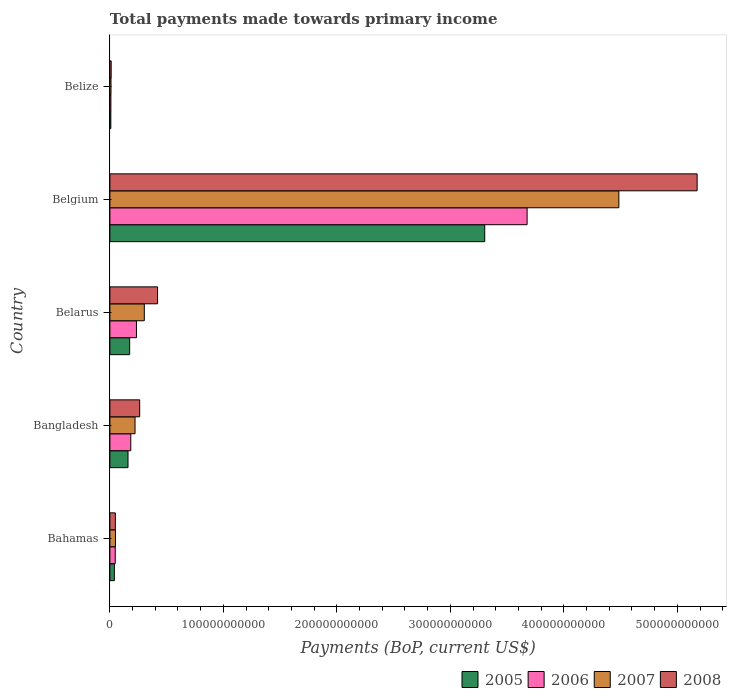
| Country | 2005 | 2006 | 2007 | 2008 |
 | --- | --- | --- | --- | --- |
 | Bahamas | 3.94e+09 | 4.71e+09 | 4.89e+09 | 4.8e+09 |
 | Bangladesh | 1.6e+10 | 1.84e+10 | 2.22e+10 | 2.62e+10 |
 | Belarus | 1.74e+10 | 2.34e+10 | 3.03e+10 | 4.2e+10 |
 | Belgium | 3.3e+11 | 3.68e+11 | 4.48e+11 | 5.17e+11 |
 | Belize | 8.24e+08 | 8.85e+08 | 9.69e+08 | 1.13e+09 |